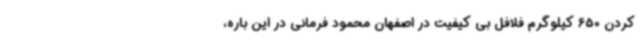
کردن 650 کیلوگرم فلافل بی کیفیت در اصفهان محمود فرمانی در این باره،